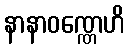
နာနာဝဏ္ဏေဟိ